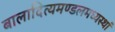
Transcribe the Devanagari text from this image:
बालादित्यमण्डलमध्यस्थां